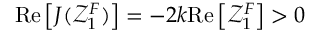
\mathrm { R e } \left[ J ( \mathcal { Z } _ { 1 } ^ { F } ) \right] = - 2 k \mathrm { R e } \left[ \mathcal { Z } _ { 1 } ^ { F } \right] > 0